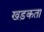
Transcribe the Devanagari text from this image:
खड़कता